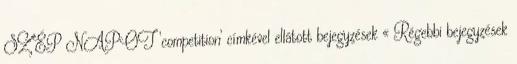
SZÉP NAPOT ‘competition’ címkével ellátott bejegyzések « Régebbi bejegyzések